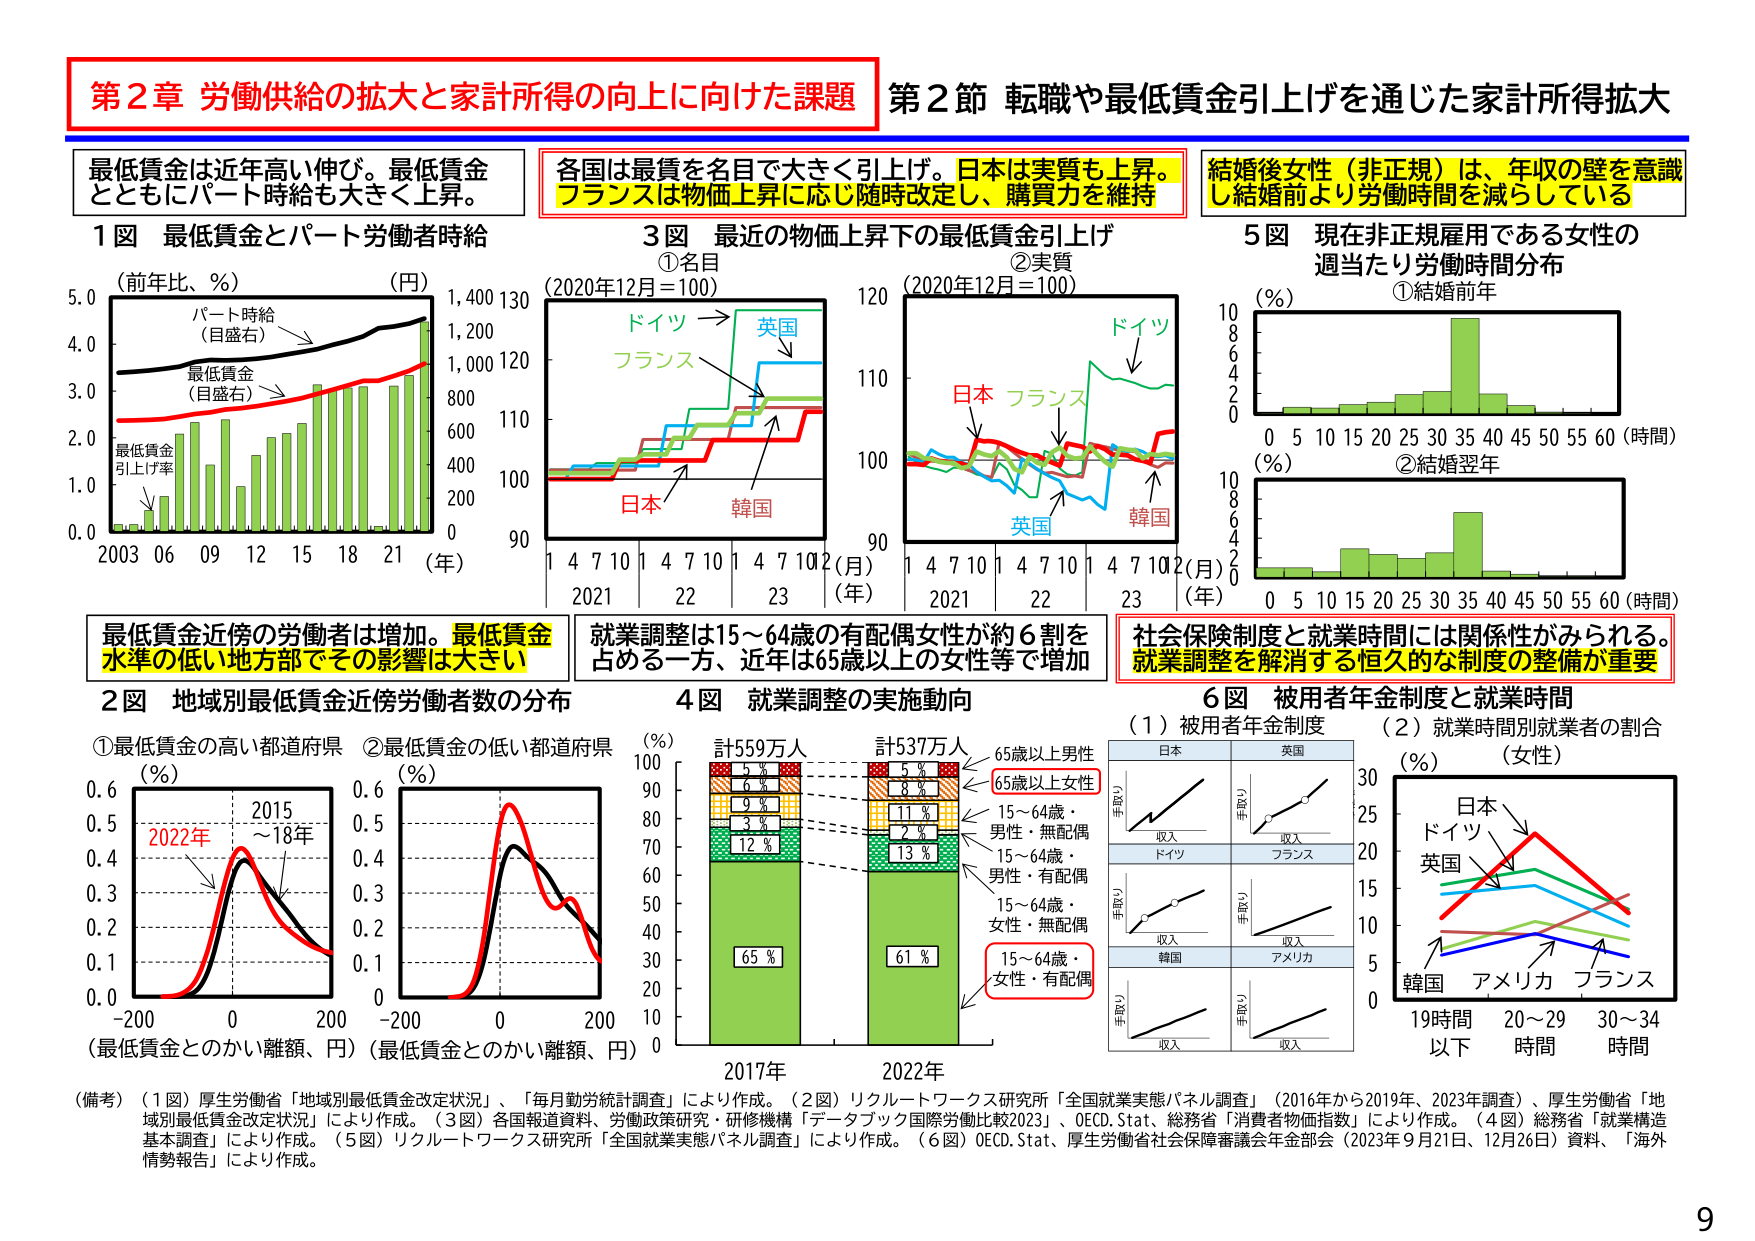
第２章 労働供給の拡大と家計所得の向上に向けた課題
第２節 転職や最低賃金引上げを通じた家計所得拡大

最低賃金は近年高い伸び。最低賃金
とともにパート時給も大きく上昇。

各国は最賃を名目で大きく引上げ。日本は実質も上昇。
フランスは物価上昇に応じ随時改定し、購買力を維持

結婚後女性（非正規）は、年収の壁を意識
し結婚前より労働時間を減らしている

１図 最低賃金とパート労働者時給
（前年比、％） （円）
パート時給
（目盛右）
最低賃金
（目盛右）
最低賃金
引上げ率
2003 06 09 12 15 18 21 （年）
0.0 1.0 2.0 3.0 4.0 5.0
0 200 400 600 800 1,000 1,200 1,400 130
（年）

３図 最近の物価上昇下の最低賃金引上げ
①名目 （2020年12月＝100）
ドイツ → 英国
フランス
日本 韓国
1 4 7 10 1 4 7 10 1 4 7 10 2（月）
2021 22 23 （年）
90 100 110 120

②実質 （2020年12月＝100）
ドイツ
日本 フランス
英国 韓国
1 4 7 10 1 4 7 10 1 4 7 10 2（月）
2021 22 23 （年）
90 100 110 120

５図 現在非正規雇用である女性の
週当たり労働時間分布
①結婚前年
（％）
0 5 10 15 20 25 30 35 40 45 50 55 60（時間）
0 2 4 6 8 10

②結婚翌年
（％）
0 5 10 15 20 25 30 35 40 45 50 55 60（時間）
0 2 4 6 8 10

最低賃金近傍の労働者は増加。最低賃金
水準の低い地方部でその影響は大きい

就業調整は15～64歳の有配偶女性が約６割を
占める一方、近年は65歳以上の女性等で増加

社会保険制度と就業時間には関係性がみられる。
就業調整を解消する恒久的な制度の整備が重要

２図 地域別最低賃金近傍労働者数の分布
①最低賃金の高い都道府県 （％）
2022年
2015～18年
-200 0 200
（最低賃金とのかい離額、円）
0.0 0.1 0.2 0.3 0.4 0.5 0.6

②最低賃金の低い都道府県 （％）
-200 0 200
（最低賃金とのかい離額、円）
0.0 0.1 0.2 0.3 0.4 0.5 0.6

４図 就業調整の実施動向
（％）
計559万人 計537万人
65歳以上男性
65歳以上女性
15～64歳・男性・無配偶
15～64歳・男性・有配偶
15～64歳・女性・無配偶
15～64歳・女性・有配偶
2017年 2022年
5％ 5％
6％ 8％
9％ 11％
3％ 2％
12％ 13％
65％ 61％

６図 被用者年金制度と就業時間
（１）被用者年金制度
日本 英国
手取り
収入
ドイツ
手取り
収入
フランス
手取り
収入
韓国
手取り
収入
アメリカ

（２）就業時間別就業者の割合 （女性）
（％）
日本
ドイツ
英国
韓国 アメリカ フランス
19時間以下 20～29時間 30～34時間

（備考）（１図）厚生労働省「地域別最低賃金改定状況」、「毎月勤労統計調査」により作成。（２図）リクルートワークス研究所「全国就業実態パネル調査」（2016年から2019年、2023年調査）、厚生労働省「地域別最低賃金改定状況」により作成。（３図）各国報道資料、労働政策研究・研修機構「データブック国際労働比較2023」、OECD.Stat、総務省「消費者物価指数」により作成。（４図）総務省「就業構造基本調査」により作成。（５図）リクルートワークス研究所「全国就業実態パネル調査」により作成。（６図）OECD.Stat、厚生労働省社会保障審議会年金部会（2023年9月21日、12月26日）資料、「海外情勢報告」により作成。

9